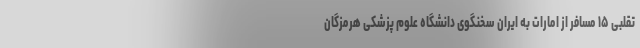
تقلبی ۱۵ مسافر از امارات به ایران سخنگوی دانشگاه علوم پزشکی هرمزگان